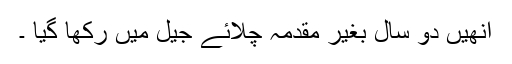
انھیں دو سال بغیر مقدمہ چلائے جیل میں رکھا گیا ۔